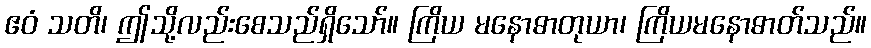
ဧဝံ သတိ၊ ဤသို့လည်းစေသည်ရှိသော်။ ကြိယ မနောဓာတုယာ၊ ကြိယမနောဓာတ်သည်။